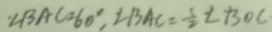
. \angle B A C = 6 0 ^ { \circ } , \angle B A C = \frac { 1 } { 2 } \angle B O C